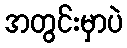
အတွင်းမှာပဲ